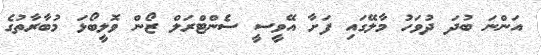
އަންނަ ބުދަ ދުވަހު މާލޭގައި ފަށާ އޭވީސީ ސެންޓްރަލް ޒޯން ވޮލީބޯޅަ މުބާރާތުގެ